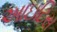
આઇટિસ